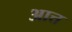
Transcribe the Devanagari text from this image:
आत्त